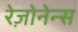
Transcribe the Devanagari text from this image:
रेज़ोनेन्स